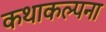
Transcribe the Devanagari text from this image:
कथाकल्पना